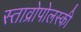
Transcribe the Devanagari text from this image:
स्ताव्रोपोलस्की